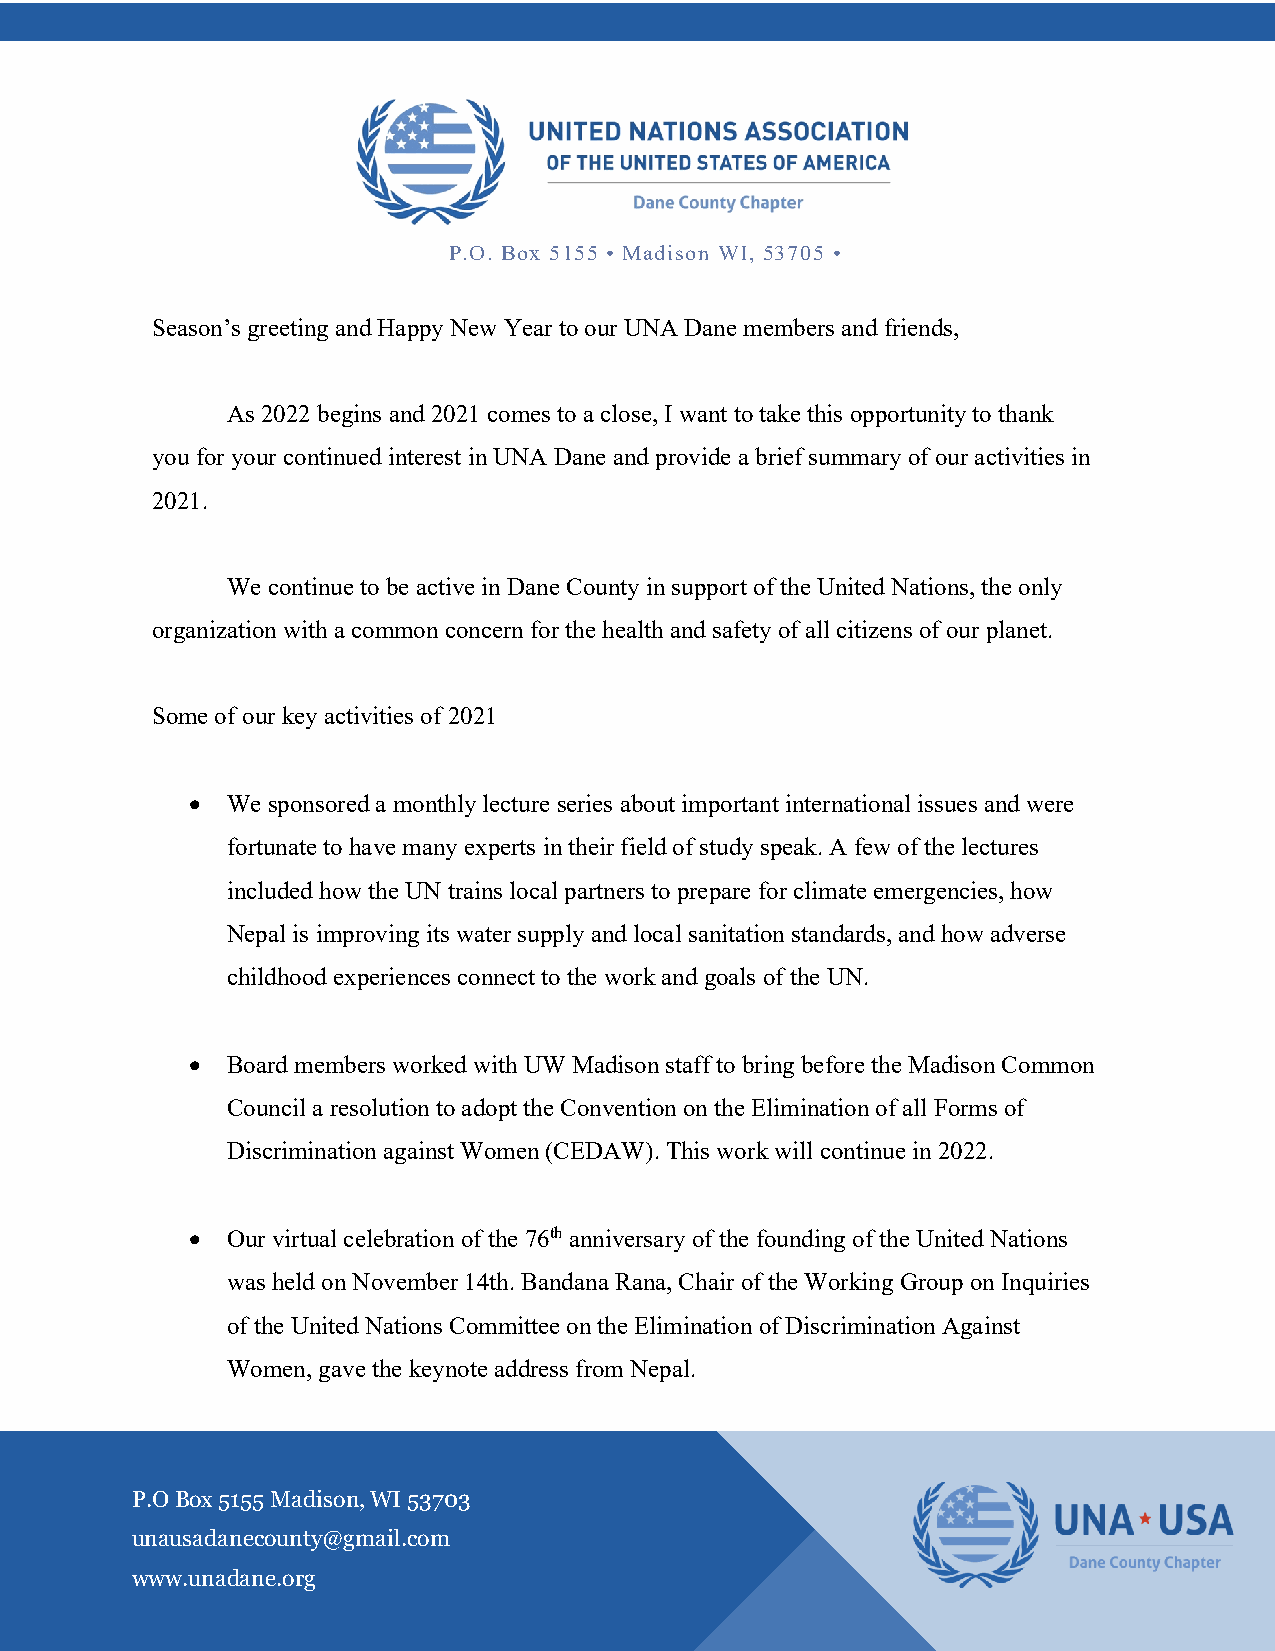
P.O. Box 5155 • Madison WI, 53705 •
 Season’s greeting and Happy New Year to our UNA Dane members and friends,
 As 2022 begins and 2021 comes to a close, I want to take this opportunity to thank
 you for your continued interest in UNA Dane and provide a brief summary of our activities in
 2021.
 We continue to be active in Dane County in support of the United Nations, the only
 organization with a common concern for the health and safety of all citizens of our planet.
 Some of our key activities of 2021
 • We sponsored a monthly lecture series about important international issues and were
 fortunate to have many experts in their field of study speak. A few of the lectures
 included how the UN trains local partners to prepare for climate emergencies, how
 Nepal is improving its water supply and local sanitation standards, and how adverse
 childhood experiences connect to the work and goals of the UN.
 • Board members worked with UW Madison staff to bring before the Madison Common
 Council a resolution to adopt the Convention on the Elimination of all Forms of
 Discrimination against Women (CEDAW). This work will continue in 2022.
 • Our virtual celebration of the 76th anniversary of the founding of the United Nations
 was held on November 14th. Bandana Rana, Chair of the Working Group on Inquiries
 of the United Nations Committee on the Elimination of Discrimination Against
 Women, gave the keynote address from Nepal.
 P.O Box 5155 Madison, WI 53703
 unausadanecounty@gmail.com
 www.unadane.org